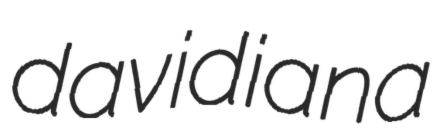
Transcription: davidiana